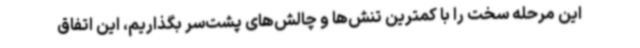
این مرحله سخت را با کمترین تنش‌ها و چالش‌های پشت‌سر بگذاریم، این اتفاق